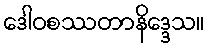
ဒေါဝစဿတာနိဒ္ဒေသ။